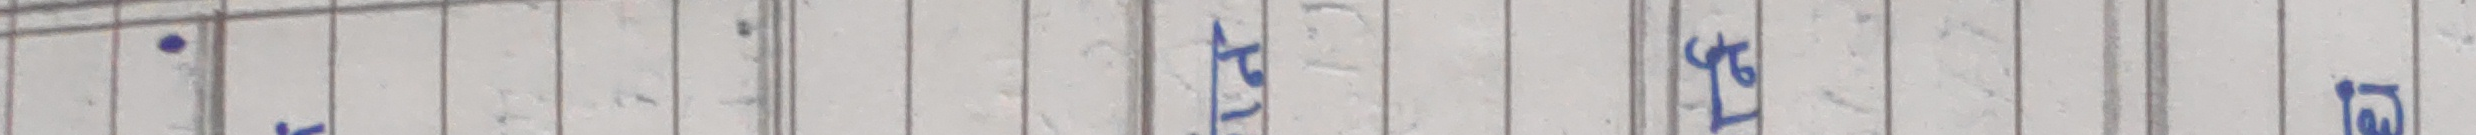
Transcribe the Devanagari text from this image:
१ ल ५ ७